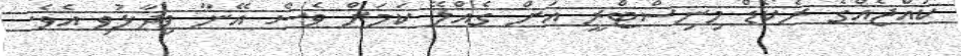
ކުއްޖެއްގެ ރެކޯޑް މިނިސްޓްރީ އަށް ގެއްލޭ ކަމަށް ވެސް އޭނާ ވިދާޅުވި އެވެ.